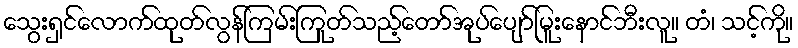
သွေးရှင်လောက်ထုတ်လွန်ကြမ်းကြုတ်သည့်တော်အုပ်ပျော်မြူးနောင်ဘီးလူ။ တံ၊ သင့်ကို။